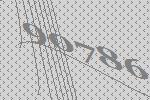
90786